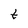
Character: t